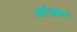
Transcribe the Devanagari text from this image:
अर्तेखशत्र